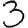
Digit: 3